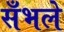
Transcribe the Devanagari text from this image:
सँभले